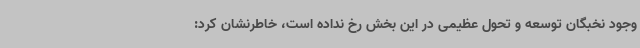
وجود نخبگان توسعه و تحول عظیمی در این بخش رخ نداده است، خاطرنشان کرد: